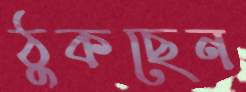
ঠুকছেন